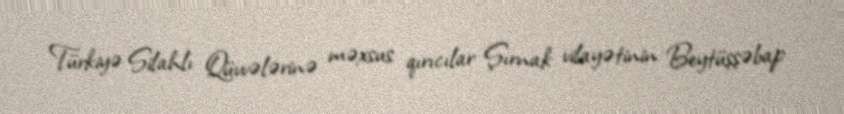
Türkiyə Silahlı Qüvvələrinə məxsus qırıcılar Şırnak vilayətinin Beytüşşəbap